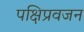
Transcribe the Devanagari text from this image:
पक्षिप्रवजन